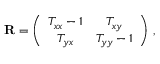
{ \bf R } = \left( \begin{array} { c c } { T _ { x x } - 1 } & { T _ { x y } } \\ { T _ { y x } } & { T _ { y y } - 1 } \end{array} \right) \, ,